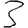
Digit: 3